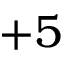
+ 5